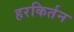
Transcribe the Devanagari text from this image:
हरकिर्तन